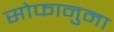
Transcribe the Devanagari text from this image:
सोफानुमा